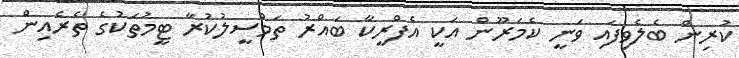
ކުރިން ބެލެވިފައި ވަނީ ކެމަރޫން އަކީ އެފްރީކާ ބައްރު ތަމްސީލުކުރާ ޓީމުތަކުގެ ތެރެއިން